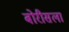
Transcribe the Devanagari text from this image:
बोरीसला